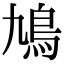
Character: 鳩